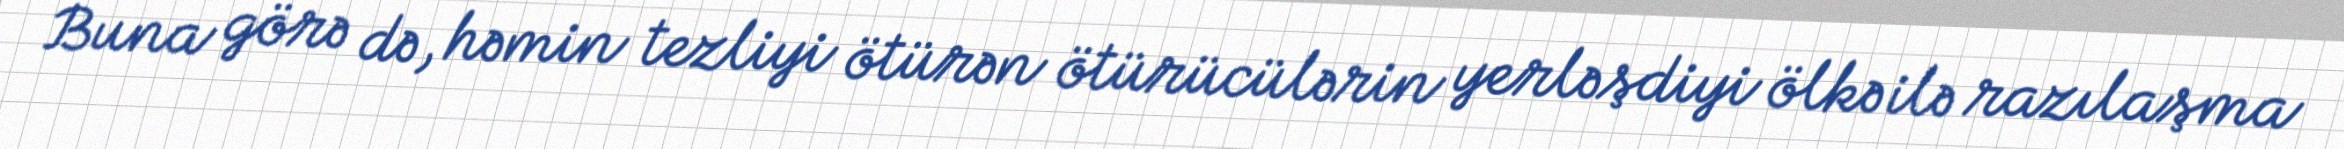
Buna görə də, həmin tezliyi ötürən ötürücülərin yerləşdiyi ölkə ilə razılaşma